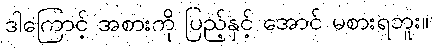
ဒါကြောင့် အစားကို ပြည့်နှင့် အောင် မစားရဘူး။